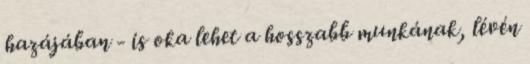
hazájában - is oka lehet a hosszabb munkának, lévén